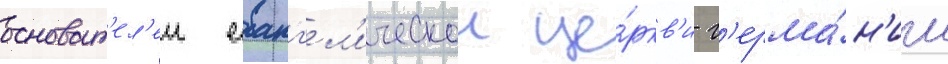
основат'ел'еи еванг'ел'ическои це́ркв'и г'ерма́н'ии